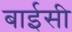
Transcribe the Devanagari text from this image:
बाईसी